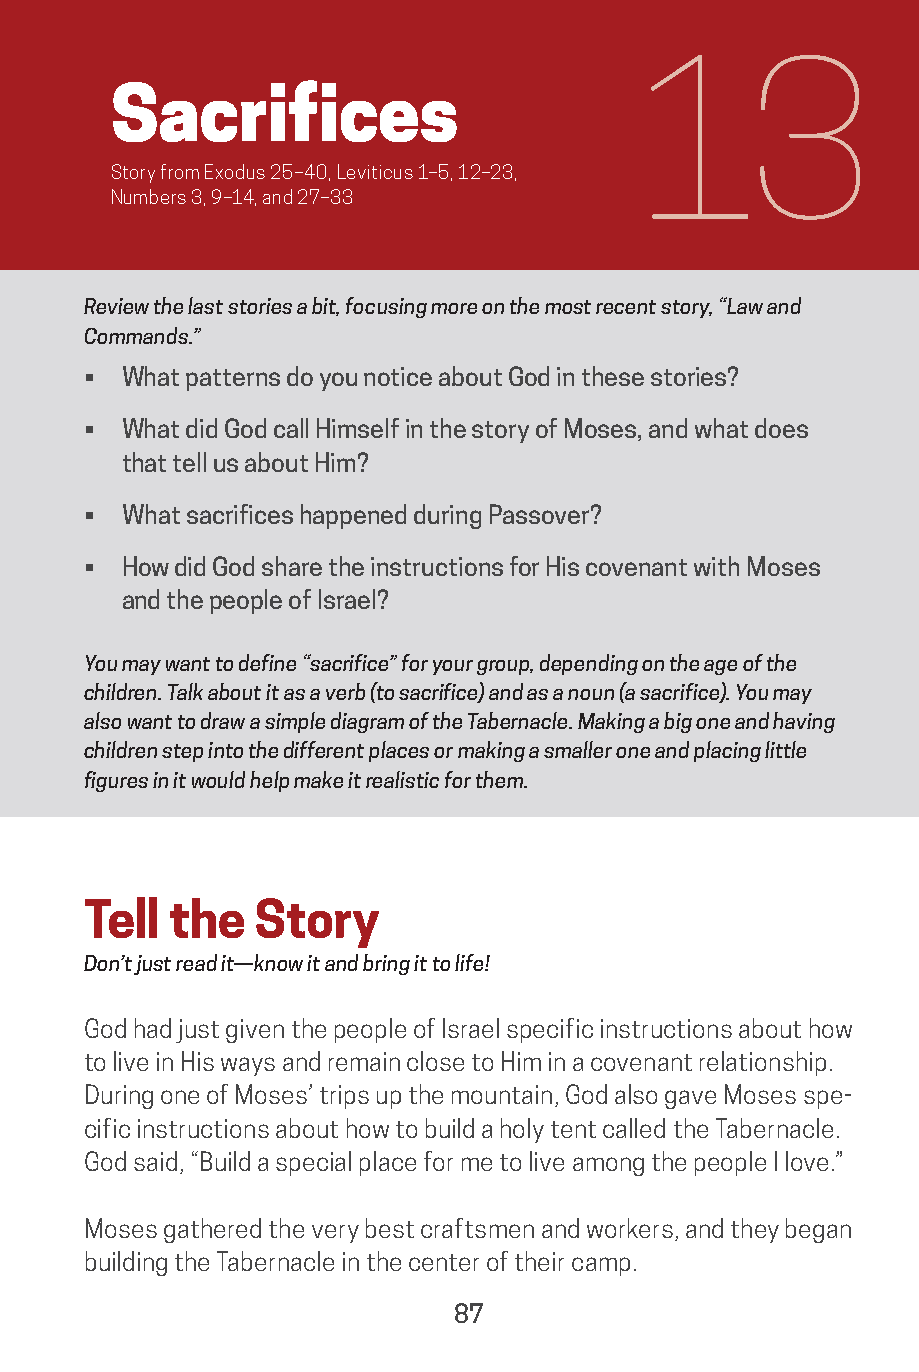
13
 Sacrifices
 Story from Exodus 25–40, Leviticus 1–5, 12–23,
 Numbers 3, 9–14, and 27–33
 Review the last stories a bit, focusing more on the most recent story, “Law and
 Commands.”
 •  What patterns do you notice about God in these stories?
 •  What did God call Himself in the story of Moses, and what does
 that tell us about Him?
 •  What sacrifices happened during Passover?
 •  How did God share the instructions for His covenant with Moses
 and the people of Israel?
 You may want to define “sacrifice” for your group, depending on the age of the
 children. Talk about it as a verb (to sacrifice) and as a noun (a sacrifice). You may
 also want to draw a simple diagram of the Tabernacle. Making a big one and having
 children step into the different places or making a smaller one and placing little
 figures in it would help make it realistic for them.
 Tell  the  Story
 Don’t just read it—know it and bring it to life!
 God had just given the people of Israel specific instructions about how
 to live in His ways and remain close to Him in a covenant relationship.
 During one of Moses’ trips up the mountain, God also gave Moses spe-
 cific instructions about how to build a holy tent called the Tabernacle.
 God said, “Build a special place for me to live among the people I love.”
 Moses gathered the very best craftsmen and workers, and they began
 building the Tabernacle in the center of their camp.
 87
 saturate-story_of_god_kids-2.indd 87              8/10/17 10:11 PM